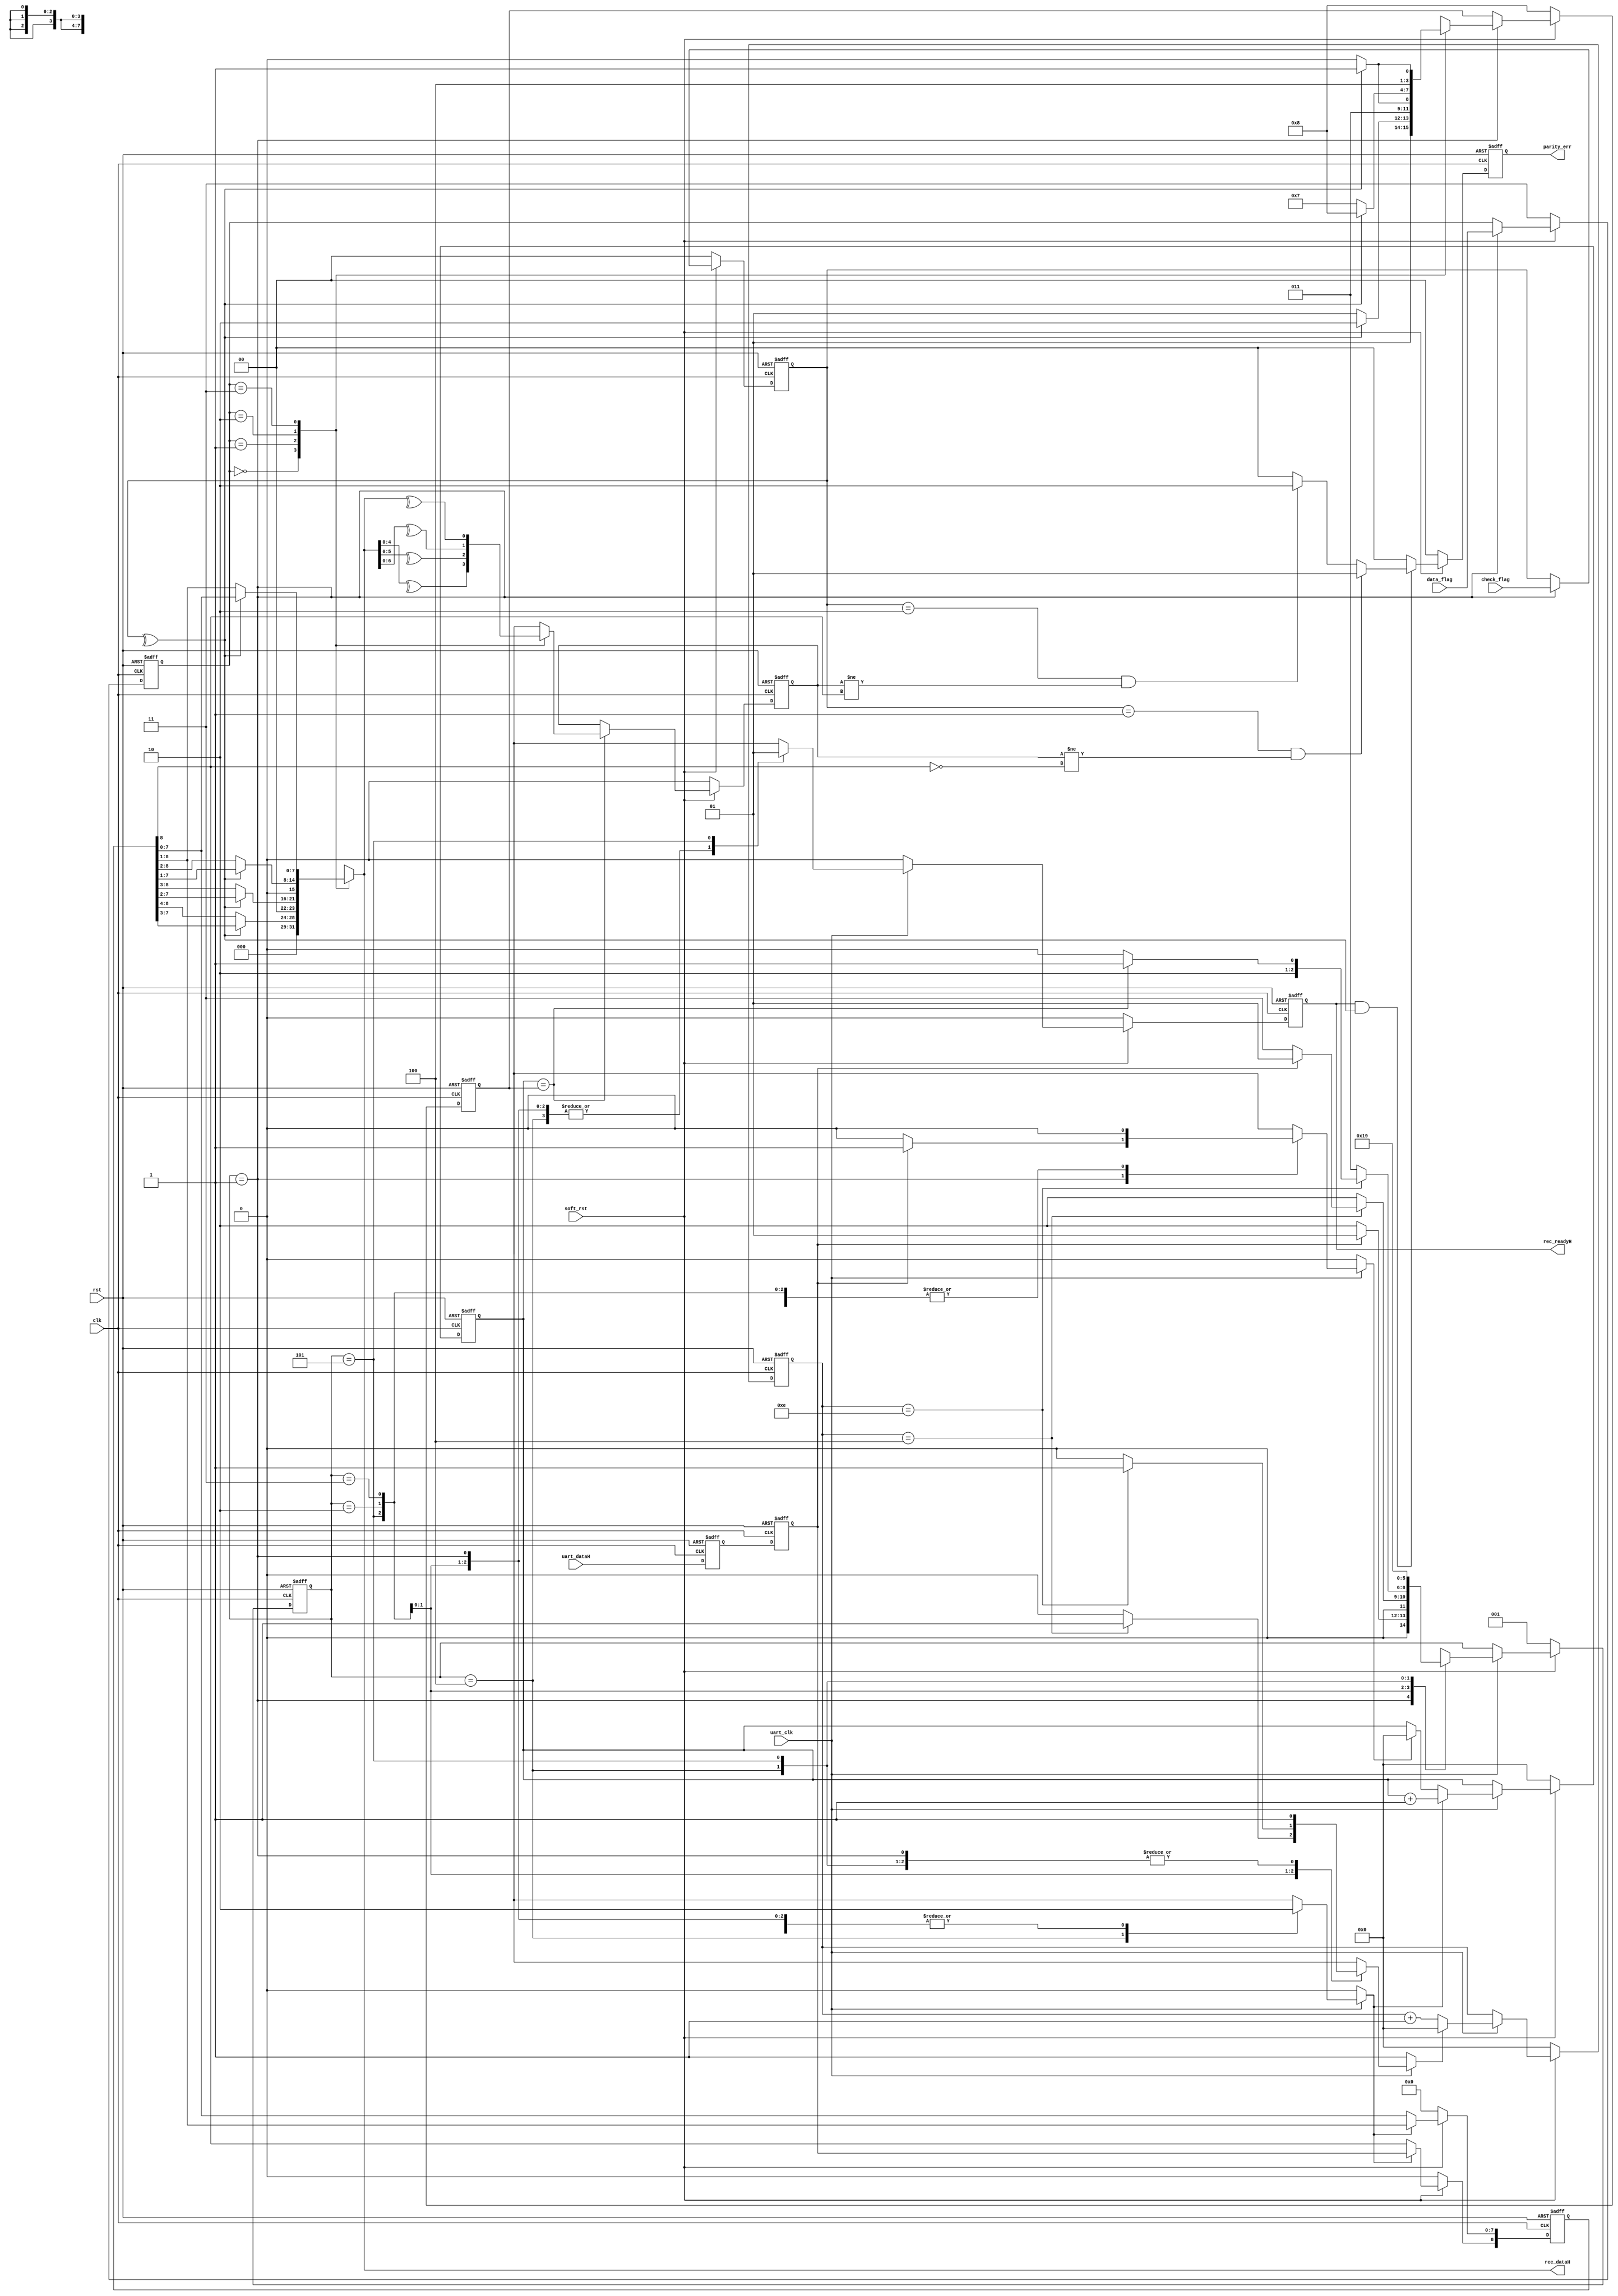

module pp_uart_receiver (  // system connections
        rst,
        clk,
        soft_rst,
        uart_clk,
        // uart
        uart_dataH,

        //
        rec_dataH,
        rec_readyH,
        
        data_flag,
        check_flag,
        parity_err
        );

//
// Receiver state definition
//
parameter   r_START   = 3'b001,
            r_CENTER  = 3'b010,
            r_WAIT    = 3'b011,
            r_SAMPLE  = 3'b100,
            r_STOP    = 3'b101;

 
//
// Common parameter Definition
//
parameter  LO     = 1'b0,
            HI    = 1'b1,    
             X    = 1'bx;

parameter   r_Fivebit   = 2'b00,
            r_Sixbit    = 2'b01,
            r_Seven     = 2'b10,
            r_Eight     = 2'b11;
      
parameter   r_Oddcheck  = 2'b01,
            r_Evencheck = 2'b10;
      
parameter   r_Tstopbit  = 1'b1,
            r_Ostopbit  = 1'b0; 
//parameter  WORD_LEN = 8;

// ******************************************
//
// PORT DEFINITIONS
//
// ******************************************
input        rst;  // async reset
input        clk;  // main clock must be 16 x Baud Rate
input        soft_rst;
input        uart_clk;
input        uart_dataH;  // goes to the UART pin

output    [7:0]rec_dataH;  // parallel received data
output         rec_readyH;  // when high, new data is ok to be read

input     [1:0]data_flag;    //00:5bits,01:6bits,10:7bits,11:8bits
input     [1:0]check_flag;   //00:without,01:odd,10:even,11:reserve
output reg[1:0]parity_err; //00:no error ,01:odd check error, 10: even check error

// ******************************************
//
// MEMORY ELEMENT DEFINITIONS
//
// ******************************************

reg    [2:0]next_state, state;
reg         rec_datH, rec_datSyncH;
reg    [3:0]bitCell_cntrH;
reg         cntr_resetH;
reg    [8:0]par_dataH;
reg         shiftH;
reg    [3:0]recd_bitCntrH;
reg         countH;
reg         rstCountH;
reg         rec_readyH;
reg         rec_readyInH;
reg     [3:0]WORD_LEN;  
reg         parity_bit;     
reg     [1:0]frame_bits;
reg     [1:0]parity_check;    


reg    [7:0]  rec_dataH;

always @(posedge clk or negedge rst)
if(!rst)begin
  frame_bits <=2'b11;
  parity_check <=2'b00;
end
else if(!soft_rst)begin
  frame_bits <=2'b11;
  parity_check <=2'b00;
end
else if(state ==r_START)begin
  frame_bits <= data_flag;
  parity_check <= check_flag;
end

//assign rec_dataH = par_dataH[7:0];
//par_dataH[8]:parity,par_dataH[7]MSB
always @(*)begin
  case(frame_bits)
    r_Fivebit: begin if(^parity_check) rec_dataH = {3'b0,par_dataH[7:3]};
           else rec_dataH = {3'b0,par_dataH[8:4]};
    end
    r_Sixbit : begin if(^parity_check) rec_dataH = {2'b0,par_dataH[7:2]};
           else rec_dataH = {2'b0,par_dataH[8:3]};
    end
    r_Seven  : begin if(^parity_check) rec_dataH = {1'b0,par_dataH[7:1]};
           else rec_dataH = {1'b0,par_dataH[8:2]};
    end
    r_Eight  : begin if(^parity_check) rec_dataH = par_dataH[7:0];
           else rec_dataH = par_dataH[8:1];
    end
  endcase
end

//word length
always @(posedge clk or negedge rst)
  if(~rst) WORD_LEN<= 4'h8;
  else if(!soft_rst)  WORD_LEN<= 4'h8;
  else if(state == r_START)begin
      case(frame_bits)
        r_Fivebit: begin if(^parity_check) WORD_LEN <= 4'h6;
               else WORD_LEN <= 4'h5; 
        end
        r_Sixbit : begin if(^parity_check) WORD_LEN <= 4'h7;
               else WORD_LEN <= 4'h6;
        end
        r_Seven  : begin if (^parity_check) WORD_LEN <= 4'h8;
               else WORD_LEN <= 4'h7;
        end
        r_Eight  : begin if (^parity_check) WORD_LEN <= 4'h9;
                   else WORD_LEN <= 4'h8;
        end
      endcase
  end

 // Parity bit 
always @(posedge clk or negedge rst)
  if (~rst) parity_bit <= 0;
  else if(!soft_rst)  parity_bit <= 0;
  else if(recd_bitCntrH == WORD_LEN)begin
      case(frame_bits)
        r_Fivebit: parity_bit <= ^rec_dataH[4:0];
        r_Sixbit : parity_bit <= ^rec_dataH[5:0];
        r_Seven  : parity_bit <= ^rec_dataH[6:0];
        r_Eight  : parity_bit <= ^rec_dataH;
      endcase
  end
  
always @(posedge clk or negedge rst)
  if(!rst) parity_err <= 2'b0;
  else if(!soft_rst)  parity_err <= 2'b0;
  else if(rec_readyH && (^parity_check))begin
    if(parity_check==2'b01 && parity_bit != ~par_dataH[8])//odd
      parity_err <= 2'b01;
    else if(parity_check==2'b10 && parity_bit != par_dataH[8])
      parity_err <= 2'b10;
    else
      parity_err <= 2'b0;
  end
  else
    parity_err <= 2'b0;
//
// synchronize the asynchrnous input
// to the system clock domain
// dual-rank
always @(posedge clk or negedge rst)
  if (~rst) begin
     rec_datSyncH <= 1;
     rec_datH     <= 1;
  end else begin
     rec_datSyncH <= uart_dataH;
     rec_datH     <= rec_datSyncH;
  end


// Bit-cell counter
always @(posedge clk or negedge rst)
  if (~rst) bitCell_cntrH <= 0;
  else if(!soft_rst)  bitCell_cntrH <= 0;
  else if (~uart_clk)   bitCell_cntrH <= bitCell_cntrH;   
  else if (cntr_resetH) bitCell_cntrH <= 0;
  else bitCell_cntrH <= bitCell_cntrH + 1'b1;


// Shifte Register to hold the incoming 
// serial data
// LSB is shifted in first
//
always @(posedge clk or negedge rst)
  if (~rst) par_dataH <= 0; 
  else if(!soft_rst) par_dataH <= 0; 
  else if(shiftH) begin
     par_dataH[7:0] <= par_dataH[8:1];
     par_dataH[8]   <= rec_datH;
  end


// RECEIVED BIT Counter
// This coutner keeps track of the number of
// bits received
always @(posedge clk or negedge rst)
  if (~rst) recd_bitCntrH <= 0;
  else if(!soft_rst) recd_bitCntrH <= 0;
  else if (~uart_clk)   recd_bitCntrH <= recd_bitCntrH; 
  else if (countH) recd_bitCntrH <= recd_bitCntrH + 1'b1;
  else if (rstCountH) recd_bitCntrH <= 0;




// State Machine - Next State Assignment
always @(posedge clk or negedge rst)
  if (~rst) state <= r_START;
  else if(!soft_rst) state <= r_START;
  else state <= next_state;


// State Machine - Next State and Output Decode
always @(*)
begin

  // default
  next_state  = state;
  cntr_resetH = HI;
  shiftH      = LO;
  countH      = LO;
  rstCountH   = LO;
  rec_readyInH= LO;

  case (state)
     
    //
    // START
    // Wait for the start bit
    // 
    r_START: begin
       if (~rec_datH ) next_state = r_CENTER;
       else begin 
         next_state = r_START;
         rstCountH  = HI; // place the bit counter in rst state
         rec_readyInH = LO; // by default, we're ready
       end
    end

    //
  // CENTER
  // Find the center of the bit-cell 
  // A bit cell is composed of 16 system-clock 
  // ticks
  //
    r_CENTER: begin
       if (bitCell_cntrH == 4'h4) begin
         // if after having waited 1/2 bit cell,
      // it is still 0, then it is a genuine start bit
         if (~rec_datH) next_state = r_WAIT;
     // otherwise, could have been a false noise
         else next_state = r_START;
       end else begin
         next_state  = r_CENTER;
     cntr_resetH = LO;  // allow counter to tick          
       end
    end


    //
  // WAIT
  // Wait a bit-cell time before sampling the
  // state of the data pin
  //
  r_WAIT: begin
    if (bitCell_cntrH == 4'hE) begin
           if (recd_bitCntrH == WORD_LEN)
             next_state = r_STOP; // we've sampled all 8 bits
           else begin
             next_state = r_SAMPLE;
           end
        end else begin
             next_state  = r_WAIT;
             cntr_resetH = LO;  // allow counter to tick 
        end
    end

    // 
  // SAMPLE
  // Sample the state of the RECEIVE data pin 
     //
  r_SAMPLE: begin
    shiftH = HI; // shift in the serial data
    countH = HI; // one more bit received
    next_state = r_WAIT;
  end  


    // 
    // STOP
    // make sure that we've seen the stop
    // bit
    //
    r_STOP: begin
    next_state = r_START;
        rec_readyInH = HI;
    end

    default: begin
       next_state  = 3'bxxx;
       cntr_resetH = X;
     shiftH      = X;
     countH      = X;
       rstCountH   = X;
       rec_readyInH  = X;

    end

  endcase
  
  if(~uart_clk) begin
      next_state  = state;
      cntr_resetH = HI;
      shiftH      = LO;
      countH      = LO;
      rstCountH   = LO;
      rec_readyInH= LO;
  end

end


// register the state machine outputs
// to eliminate ciritical-path/glithces
always @(posedge clk or negedge rst)
  if (~rst) rec_readyH <= 0;
  else if(!soft_rst)  rec_readyH <= 0;
  else rec_readyH <= rec_readyInH;




endmodule